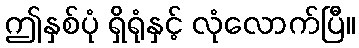
ဤနှစ်ပုံ ရှိရုံနှင့် လုံလောက်ပြီ။